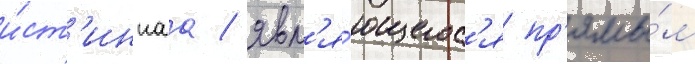
и́ст'иннаа / явл'я́ющегос'я пр'ямы́м